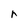
Character: r